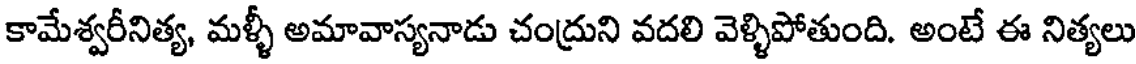
కామేశ్వరీనిత్య, మళ్ళీ అమావాస్యనాడు చంద్రుని వదలి వెళ్ళిపోతుంది. అంటే ఈ నిత్యలు